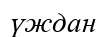
үждан